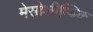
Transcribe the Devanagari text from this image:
मेसोलीम्बिक